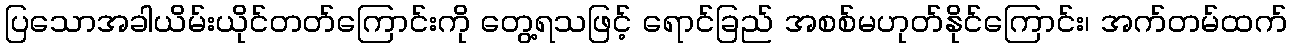
ပြသောအခါယိမ်းယိုင်တတ်ကြောင်းကို တွေ့ရသဖြင့် ရောင်ခြည် အစစ်မဟုတ်နိုင်ကြောင်း၊ အက်တမ်ထက်